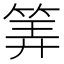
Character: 筭